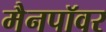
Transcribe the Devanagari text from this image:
मैनपॉवर